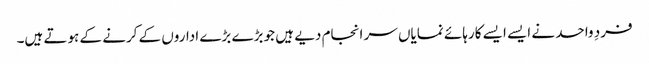
فردِ واحد نے ایسے ایسے کارہائے نمایاں سر انجام دیے ہیں جو بڑے بڑے اداروں کے کرنے کے ہوتے ہیں۔